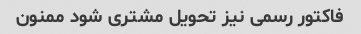
فاکتور رسمی نیز تحویل مشتری شود ممنون